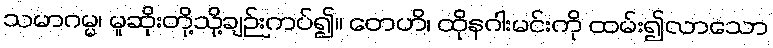
သမာဂမ္မ၊ မူဆိုးတို့သို့ချဉ်းကပ်၍။ တေဟိ၊ ထိုနဂါးမင်းကို ထမ်း၍လာသော